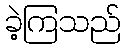
ခဲ့ကြသည်